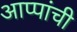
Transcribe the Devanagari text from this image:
आप्पांची